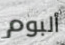
ألبوم